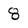
Character: 8